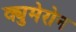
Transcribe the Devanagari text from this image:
क्युमेरोन